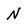
Character: N